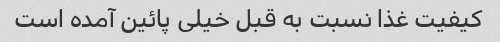
کیفیت غذا نسبت به قبل خیلی پائین آمده است